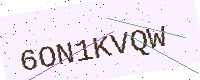
Text: 6ON1KVQW